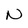
Character: N